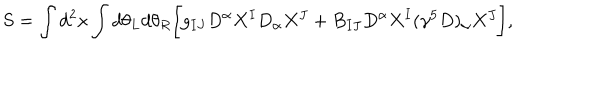
S = \int d ^ { 2 } x \int d \theta _ { L } d \theta _ { R } \biggl [ g _ { I J } D ^ { \alpha } X ^ { I } D _ { \alpha } X ^ { J } + B _ { I J } D ^ { \alpha } X ^ { I } ( \gamma ^ { 5 } D ) _ { \alpha } X ^ { J } \biggr ] ,